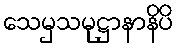
သေမှသမုဋ္ဌာနာနိပိ